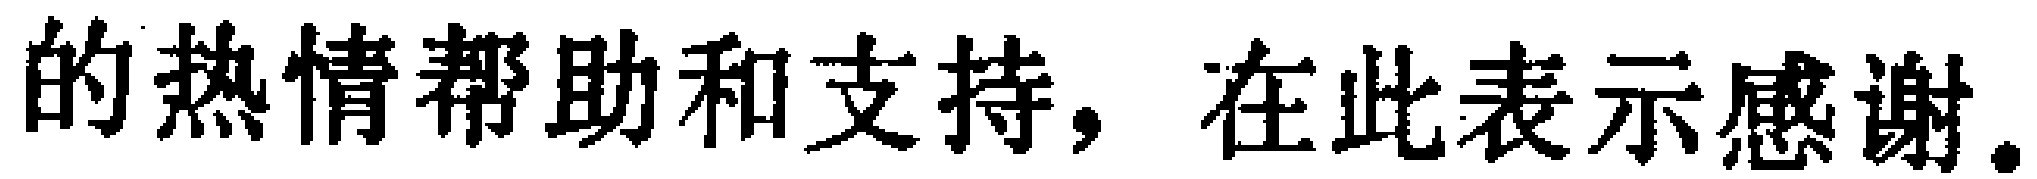
的热情帮助和支持，在此表示感谢。